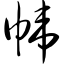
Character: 帏